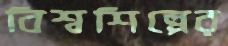
বিশ্বশিল্পের